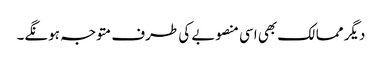
دیگر ممالک بھی اسی منصوبے کی طرف متوجہ ہونگے۔